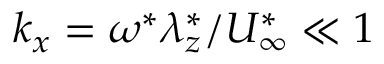
k _ { x } = \omega ^ { \ast } \lambda _ { z } ^ { \ast } / U _ { \infty } ^ { \ast } \ll 1